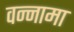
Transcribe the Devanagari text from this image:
वन्नामा